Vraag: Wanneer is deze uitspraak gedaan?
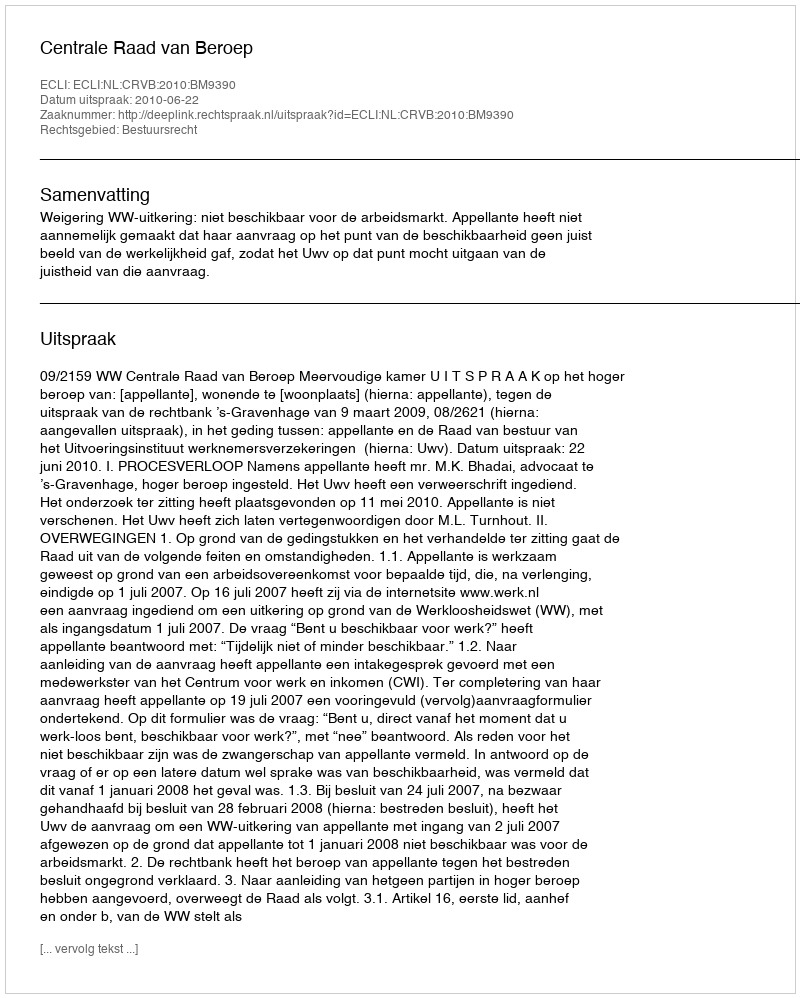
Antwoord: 2010-06-22